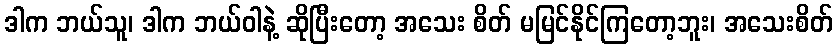
ဒါက ဘယ်သူ၊ ဒါက ဘယ်ဝါနဲ့ ဆိုပြီးတော့ အသေး စိတ် မမြင်နိုင်ကြတော့ဘူး၊ အသေးစိတ်